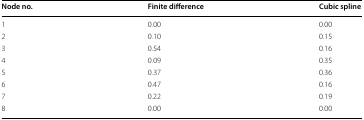
<table><thead><tr><td><b>Node no.</b></td><td><b>Finite difference</b></td><td><b>Cubic spline</b></td></tr></thead><tbody><tr><td>1</td><td>0.00</td><td>0.00</td></tr><tr><td>2</td><td>0.10</td><td>0.15</td></tr><tr><td>3</td><td>0.54</td><td>0.16</td></tr><tr><td>4</td><td>0.09</td><td>0.35</td></tr><tr><td>5</td><td>0.37</td><td>0.36</td></tr><tr><td>6</td><td>0.47</td><td>0.16</td></tr><tr><td>7</td><td>0.22</td><td>0.19</td></tr><tr><td>8</td><td>0.00</td><td>0.00</td></tr></tbody></table>